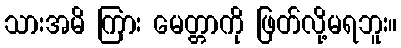
သားအမိ ကြား မေတ္တာကို ဖြတ်လို့မရဘူး။